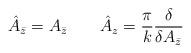
LaTeX: \begin{align*}\hat{A}_{\bar{z}}=A_{\bar{z}}\qquad \hat{A}_z=\frac{\pi}{k}\frac{\delta}{\delta A_{\bar{z}}}\end{align*}